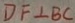
D F \bot B C